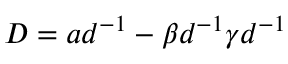
D = a d ^ { - 1 } - \beta d ^ { - 1 } \gamma d ^ { - 1 }